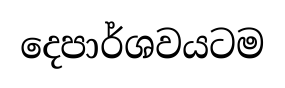
දෙපාර්ශවයටම